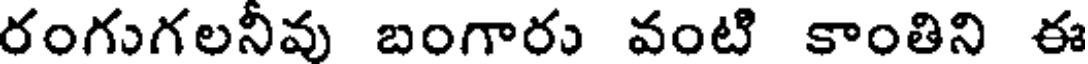
రంగుగలనీవు బంగారు వంటి కాంతిని ఈ